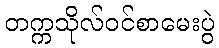
တက္ကသိုလ်ဝင်စာမေးပွဲ